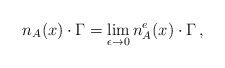
\begin{align*}n_A(x)\cdot \Gamma =\lim_{\epsilon \to 0}n_A^e(x)\cdot \Gamma \,,\end{align*}